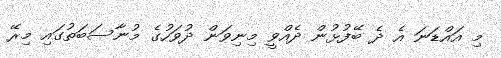
މި އައްޑަނަ އެ ދެ ބޭފުޅުން ދެއްވީ މިނިވަން ދުވަހުގެ މުނާސަބަތުގައި މިރޭ